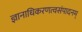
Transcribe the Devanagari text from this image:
ज्ञानाधिकरणत्वसंपादनम्